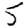
Digit: 5